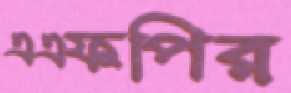
এএফপির